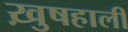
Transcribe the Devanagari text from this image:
ख़ुषहाली